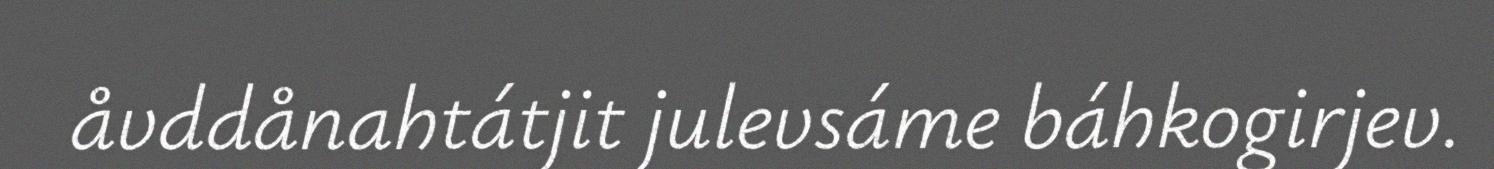
åvddånahtátjit julevsáme báhkogirjev.